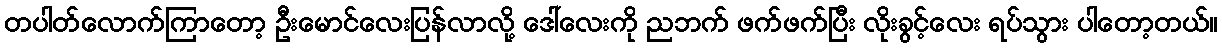
တပါတ်လောက်ကြာတော့ ဦးမောင်လေးပြန်လာလို့ ဒေါ်လေးကို ညဘက် ဖက်ဖက်ပြီး လိုးခွင့်လေး ရပ်သွား ပါတော့တယ်။